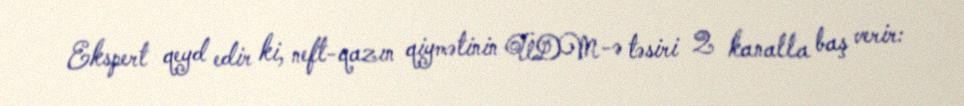
Ekspert qeyd edir ki, neft-qazın qiymətinin ÜDM-ə təsiri 2 kanalla baş verir: